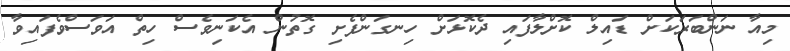
މިއާ ނަންބަރަކަށް ޑައިލް ކޮށްލާފައި ދެކޮޅަށް ހިނގަންފެށި ގޮތުން އެކަނިވެސް ހިތް އަވަސްވެފައިވާ